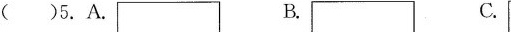
( )5.A. B. C.